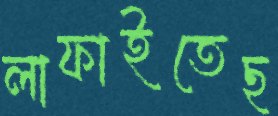
লাফাইতেছ